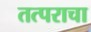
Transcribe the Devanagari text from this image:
तत्पराचा